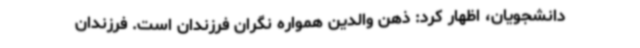
دانشجویان، اظهار کرد: ذهن والدین همواره نگران فرزندان است. فرزندان